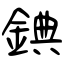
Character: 錪